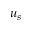
u _ { s }